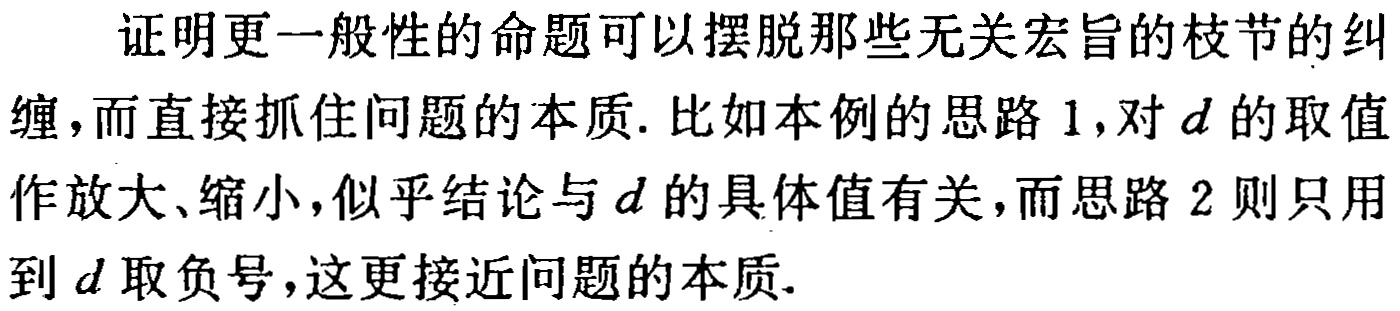
证明更一般性的命题可以摆脱那些无关宏旨的枝节的纠缠，而直接抓住问题的本质. 比如本例的思路 1，对\(d\)的取值作放大、缩小，似乎结论与\(d\)的具体值有关，而思路 2 则只用到\(d\)取负号，这更接近问题的本质.